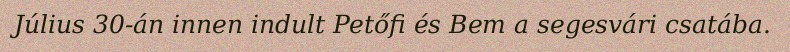
Július 30-án innen indult Petőfi és Bem a segesvári csatába.